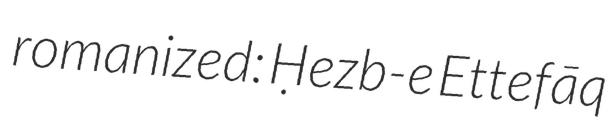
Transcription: romanized: Ḥezb-e Ettefāq